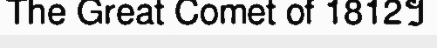
The Great Comet of 1812។